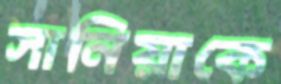
সানিয়াকে